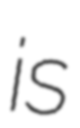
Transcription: is